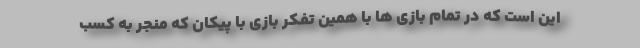
این است که در تمام بازی ها با همین تفکر بازی با پیکان که منجر به کسب